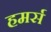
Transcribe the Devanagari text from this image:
हमर्स